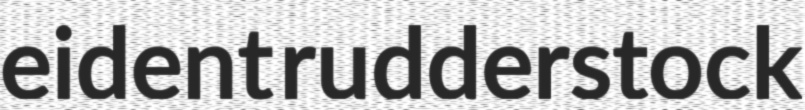
eident rudderstock